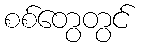
စစ်တွေတွင်